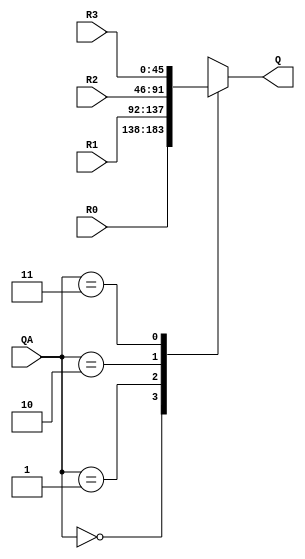
module Two_to_Four_MUX45bit(R0, R1, R2, R3, QA, Q);
	input	[45:0]R0;	//input for each register that could propogate to the output
	input [45:0]R1; 
	input [45:0]R2; 
	input [45:0]R3;
	input [1:0]QA;		//address of the selected register to propogate to the output
			
	output reg [45:0]Q;	//output of the mux
	
	always @* begin 
		case(QA)
			2'b00:Q=R0;
			2'b01:Q=R1;
			2'b10:Q=R2;
			2'b11:Q=R3;
		endcase 
	end
endmodule